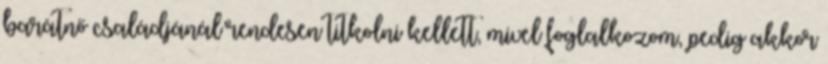
barátnő családjánál rendesen titkolni kellett, mivel foglalkozom, pedig akkor